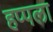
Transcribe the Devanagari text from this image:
हप्पला